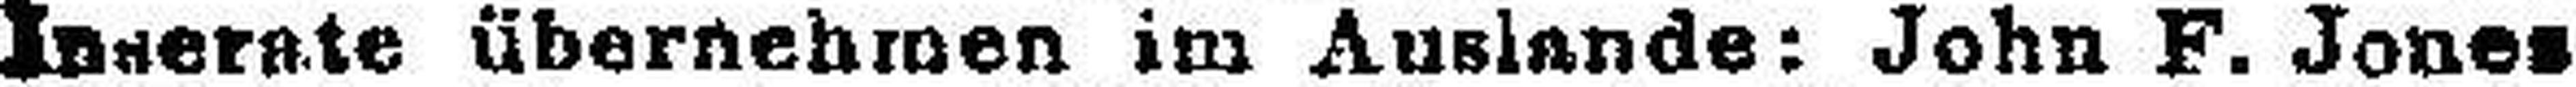
Inserate übernehmen im Auslande: John F. Jones